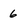
Character: 6